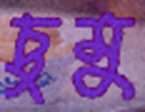
চুমু